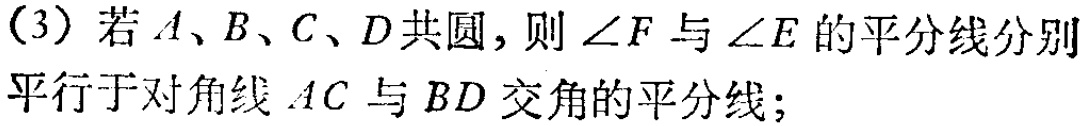
（3）若\(A、B、C、D\)共圆，则\(\angle F\)与\(\angle E\)的平分线分别平行于对角线\(AC\)与\(BD\)交角的平分线；